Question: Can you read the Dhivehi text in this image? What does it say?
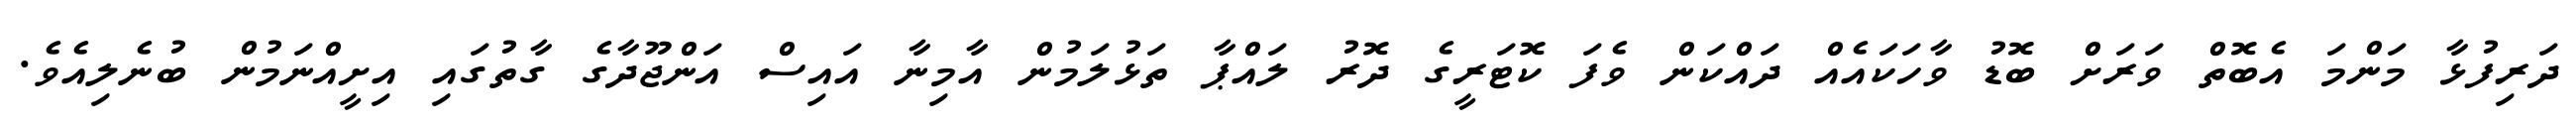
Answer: ދަރިފުޅާ މަންމަ އެބޮތް ވަރަށް ބޮޑު ވާހަކައެއް ދައްކަން ވެފަ ކޮޓަރީގެ ދޮރު ލައްޕާ ތަޅުލަމުން އާމިނާ އައިސް އަންޖޫދާގެ ގާތުގައި އިށީއްނަމުން ބުނެލިއެވެ.